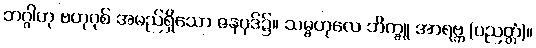
ဘဂ္ဂါဟု ဗဟုဝုစ် အမည်ရှိသော ဇနပုဒ်၌။ သမ္ဗဟုလေ ဘိက္ခူ အာရဗ္ဘ (ပညတ္တံ)။